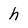
Character: h